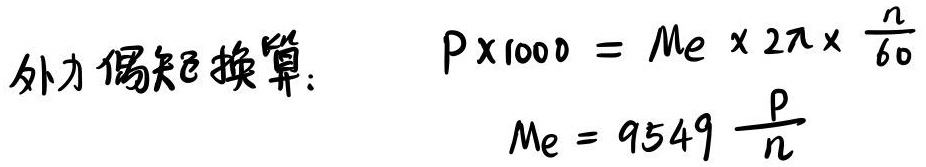
外力偶矩换算：
\[
\begin{align*}
P\times1000&=M_{e}\times2\pi\times\frac{n}{60}\\
M_{e}&=9549\frac{P}{n}
\end{align*}
\]